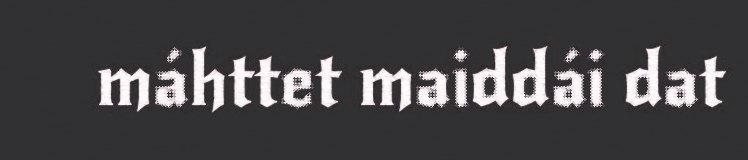
máhttet maiddái dat